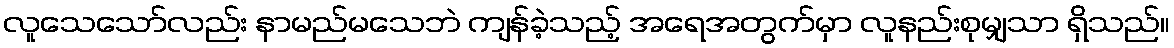
လူသေသော်လည်း နာမည်မသေဘဲ ကျန်ခဲ့သည့် အရေအတွက်မှာ လူနည်းစုမျှသာ ရှိသည်။